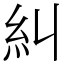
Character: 糾